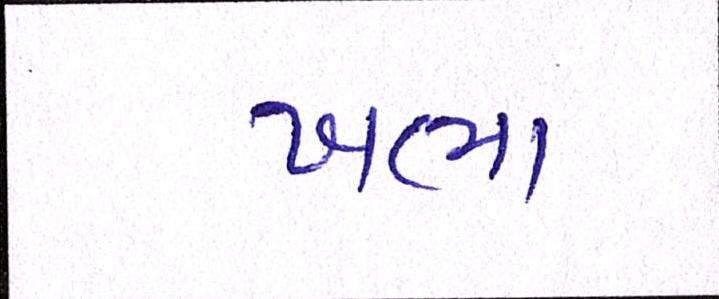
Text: ખભા